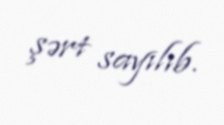
şərt sayılıb.